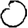
Digit: 0